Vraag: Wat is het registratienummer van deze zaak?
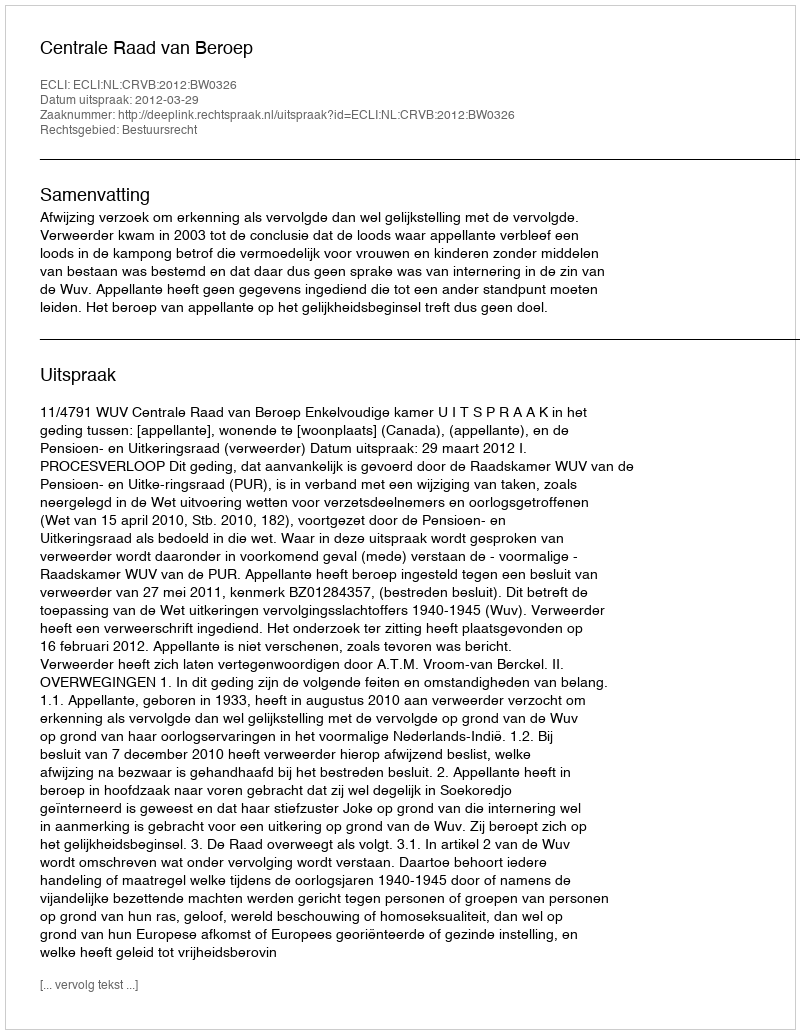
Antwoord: http://deeplink.rechtspraak.nl/uitspraak?id=ECLI:NL:CRVB:2012:BW0326